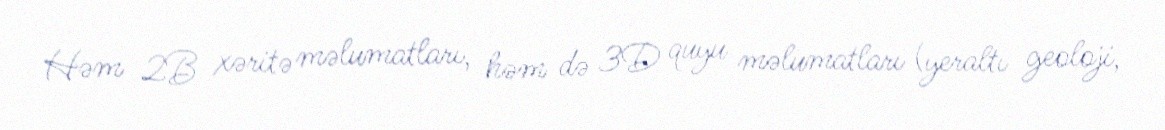
Həm 2B xəritə məlumatları, həm də 3D quyu məlumatları (yeraltı geoloji,